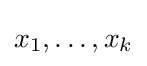
x_{1},\ldots ,x_{k}